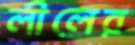
লীলের